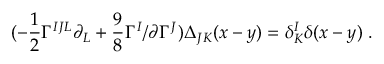
( - { \frac { 1 } { 2 } } \Gamma ^ { I J L } \partial _ { L } + { \frac { 9 } { 8 } } \Gamma ^ { I } \slash { \partial } \Gamma ^ { J } ) \Delta _ { J K } ( x - y ) = \delta _ { K } ^ { I } \delta ( x - y ) \; .